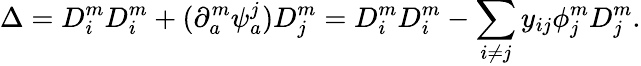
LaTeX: \Delta=D_{i}^{m}D_{i}^{m}+(\partial_{a}^{m}\psi_{a}^{j})D_{j}^{m}=D_{i}^{m}D_{i}^{m}-\sum_{i\neq j}y_{ij}\phi_{j}^{m}D_{j}^{m}.